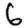
Digit: 6